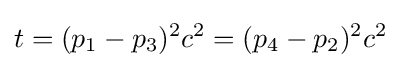
t=(p_{1}-p_{3})^{2}c^{2}=(p_{4}-p_{2})^{2}c^{2}